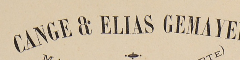
CANGE & ELIAS GEMAYEL